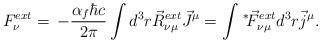
LaTeX: \begin{align*}F_{\nu}^{ext} = \, - \frac{\alpha_f \hbar c}{2 \pi} \int d^3r \vec{R}_{\nu\mu}^{ext} \vec{J}^\mu = \int \hspace{0.5mm}{^*}\hspace{-0.8mm}\vec{F}_{\nu\mu}^{ext} d^3r \vec{j}^\mu .\end{align*}